Vaccination North-Western Provinces 1866-1877 - 1866-1877
Year: 1866
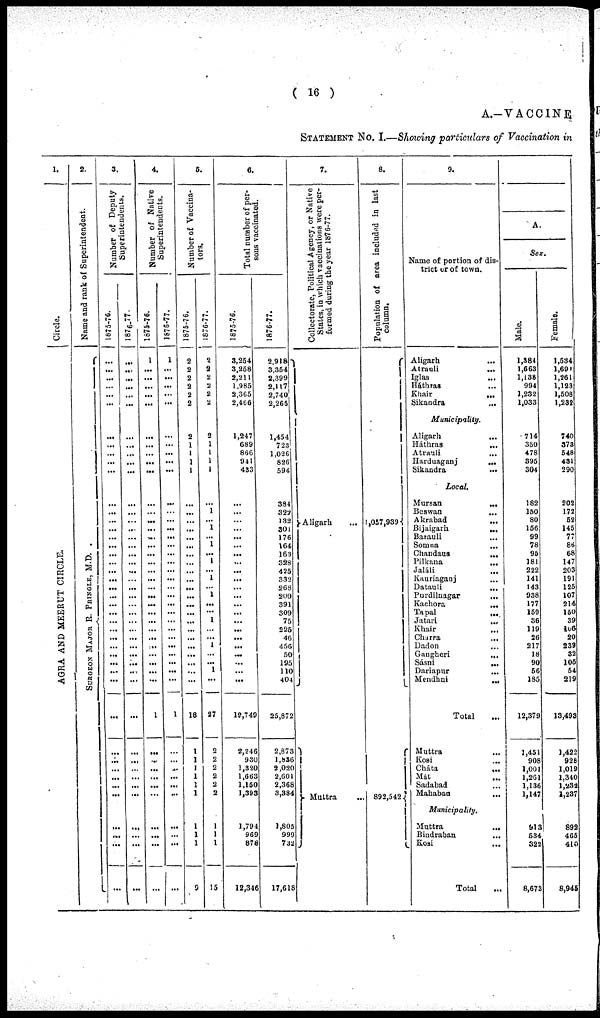
( 16 )
A.—VACCINE
STATEMENT NO. I.—Showing particulars of Vaccination in
1.
Ci r cl e.
AGRA AND MEERUT CIRCLE.
2.
Na me and rank of Superintendent.
SURGEON MAJOR R. PRINGLE, M.D.
3.
Number of Deput y
Superintendents.
1875-76.
...
...
...
...
...
...
...
...
...
...
...
...
...
...
...
...
...
...
...
...
...
...
...
...
...
...
...
...
...
...
...
...
...
...
...
...
...
...
...
...
...
...
...
...
1876.77.
...
...
...
,.,
...
...
...
...
...
...
...
...
...
...
...
...
...
...
...
...
...
...
...
...
...
...
...
... ...
...
...
...
...
...
...
...
...
...
...
...
...
...
...
...
4.
Number of Native
Superintendents.
1675-76.
1
...
...
...
...
...
...
...
...
...
...
...
...
...
...
...
...
...
...
...
...
...
...
...
...
...
...
... ...
...
...
...
...
1
...
...
...
...
...
...
...
...
...
...
1876-77.
1
...
...
...
...
...
...
...
...
...
...
...
...
...
...
...
...
...
...
...
...
...
...
...
...
...
...
...
...
...
...
...
...
1
...
... ...
...
...
...
...
...
...
...
5.
Number of Vaccina-
t ors.
1875-76.
2
2
2
2
2
2
2
1
1
1
1
...
...
...
...
...
...
...
...
...
...
...
...
...
...
...
...
...
...
...
...
18
1
1
1
1
1
1
1
1
1
9
1876-77.
2
2
2
2
2
2
2
1
1
1
1
...
1
...
1
... 1
... 1
...
1
... 1
...
... 1
...
... 1
...
... 1
...
27
2
2
2
2
2
2
1
1
1
15
6.
Tot al number of per-
sons vaccinated.
1875-76.
3,254
3,258
2,211
1,985
2,365
2,466
1,247
689
866
941
433
...
...
...
...
...
...
...
...
...
...
...
...
...
...
...
...
...
...
...
...
...
...
19,749
2,246
930
1,320
1,663
1,160
1,393
1,794
969
878
12,346
1876-77.
2,918
3,354
2,399
2,117
2,740
2,265
1,454
723
1,026
826
594
384
322
132
301
176
164
163
328
425
332
268
200
391
309
75
225
46
456
50
195
110
404
25,872
2,873
1,836
2,020
2,601
2,368
3,384
1,805
999
732
17,618
7.
Col l
ect or at e, Pol i t i cal Age nc y, or Nat i
ve
St at es, in which vaccinations were per-
formed during the year 1876-77.
Aligarh ...
Muttra
...
8.
Population of area included in last
column.
1,057,989
892,542
9.
Name of portion of dis-
trict or of town.
Aligarh ...
Atrauli ...
Iglas ...
Háthras ...
Khair
...
Sikandra
...
Municipality.
Aligarh ...
Háthras ...
Atrauli ...
Harduaganj
...
Sikandra ...
Local.
Mursan
...
Beswan
...
Akrabad
...
Bijaigarh
...
Barauli ...
Somna ...
Chandaus
...
Pilkana
...
Jaláli
...
Kauriaganj ...
Datauli ...
Purdilnagar
...
Kachora
...
Tapal ...
Jatari
...
Khair ...
Charra ...
Dadon ...
Gangheri
...
Sásni
...
Dariapur
...
Mendhni
...
Total
Muttra ...
Kosi
...
Cháta
...
Mát ...
Sadabad ...
Mahaban
...
Municipality.
Muttra
...
Bindraban ...
Kosi ...
Total
Sex.
Male.
1,384
1,663
1,138
994
1,232
1,033
714
350
478
395
304
182
150
80
156
99
78
96
181
222
141
143
938
177
159
36
119
26
217
18
90
56
185
12,379
1,451
908
1,001
1,261
1,136
1,147
913
534
322
8,673
Female.
1,534
1,691
1,261
1,123
1,508
1,232
740
378
548
431
290
202
172
52
145
77
86
68
147
203
191
125
107
214
150
39
106
20
239
32
106
54
219
13,493
1,422
928
1,019
1,340
1,232
1,237
892
465
410
8,945